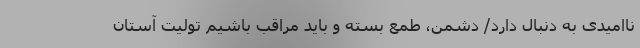
ناامیدی به دنبال دارد/ دشمن، طمع بسته و باید مراقب باشیم تولیت آستان